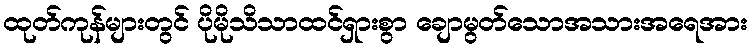
ထုတ်ကုန်များတွင် ပိုမိုသိသာထင်ရှားစွာ ချောမွတ်သောအသားအရေအား